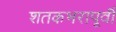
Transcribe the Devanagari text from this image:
शतकभरापूर्वी